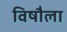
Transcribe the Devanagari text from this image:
विषौला